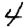
Digit: 4